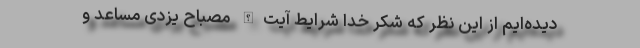
دیده‌ایم از این نظر که شکر خدا شرایط آیت‌الله مصباح یزدی مساعد و